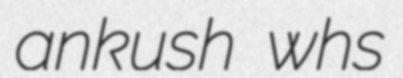
ankush whs